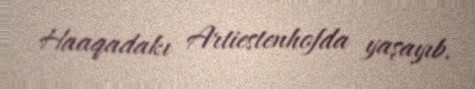
Haaqadakı Artiestenhofda yaşayıb.